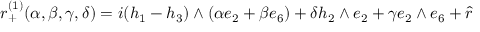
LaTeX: r _ { + } ^ { ( 1 ) } ( \alpha , \beta , \gamma , \delta ) = i ( h _ { 1 } - h _ { 3 } ) \wedge ( \alpha e _ { 2 } + \beta e _ { 6 } ) + \delta h _ { 2 } \wedge e _ { 2 } + \gamma e _ { 2 } \wedge e _ { 6 } + \hat { r }